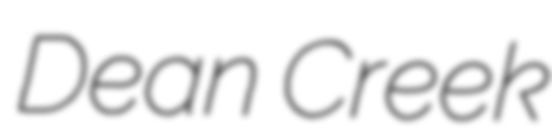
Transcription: Dean Creek